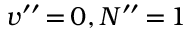
v ^ { \prime \prime } \, { = } \, 0 , N ^ { \prime \prime } \, { = } \, 1